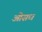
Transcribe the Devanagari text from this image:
ओसध